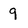
Character: 9